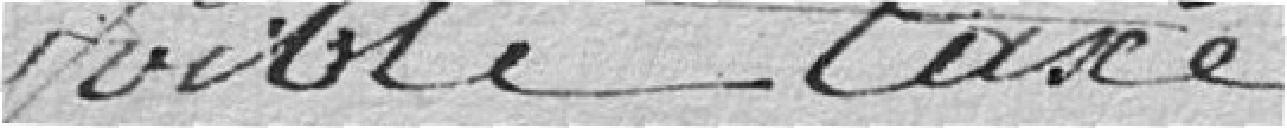
faible taxe.